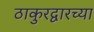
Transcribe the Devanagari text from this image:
ठाकुरद्वारच्या